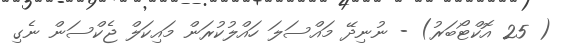
( 25 އޮކްޓޯބަރު) - ނުނިދޭ މައްސަލަ ހައްލުކުރަން މައިކަލް ޖެކްސަން ނެގި